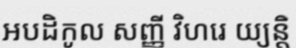
អបដិកូល សញ្ញី វិហរេ យ្យន្តិ